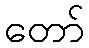
တော်